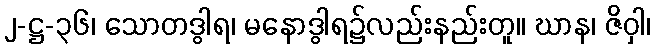
၂-ဋ္ဌ-၃၆၊ သောတဒွါရ၊ မနောဒွါရ၌လည်းနည်းတူ။ ဃာန၊ ဇိဝှါ၊